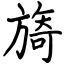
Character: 旖